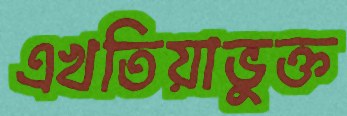
এখতিয়াভুক্ত